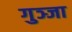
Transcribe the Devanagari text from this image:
गुञ्जा